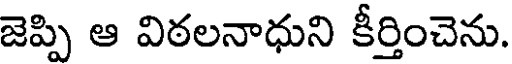
జెప్పి ఆ విఠలనాధుని కీర్తించెను.